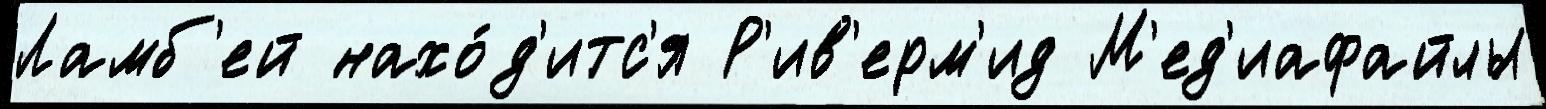
Ламб'ей нахо́д'итс'я Р'ив'ерм'ид М'ед'иафайлы